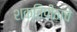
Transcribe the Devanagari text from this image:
शक्तिपीठांचे